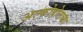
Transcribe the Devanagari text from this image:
अल्कोहोलच्या